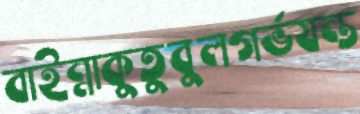
বাইন্নাকুতুবুলগর্ভযন্ত